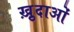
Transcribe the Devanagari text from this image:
ख़़ुदाओं